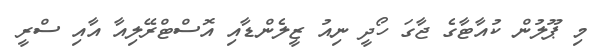
މި ޕޫލުން ކުއާޓާގެ ޖާގަ ހޯދީ ނިއު ޒީލެންޑާއި އޮސްޓްރޭލިއާ އާއި ސްރީ